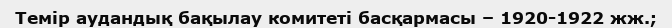
Темір аудандық бақылау комитеті басқармасы – 1920-1922 жж.;